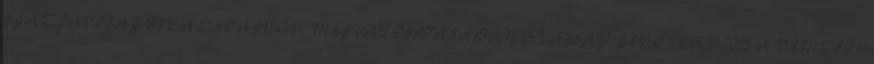
IGAZGATÓSÁG FELADATAINAK MEGVALÓSÍTÁSÁBAN KVASSAY JENŐ TERV 2015 A NEMZETI